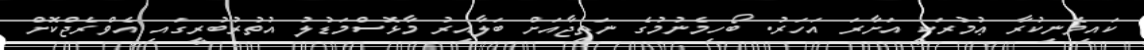
ކައިވެނިކުރާ ޢުމުރަކީ އަށާރަ އަހަރު. ބޯހިމެނުމުގެ ނަތީޖާއަށް ބަލާއިރު މާޅޮސްމަޑުލު އުތުރުބުރީގައި އެވްރެޖްކޮށް